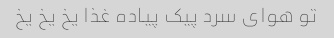
تو هوای سرد پیک پیاده غذا یخ یخ یخ